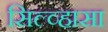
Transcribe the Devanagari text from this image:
सिल्व्हासा